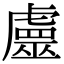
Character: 𧈀